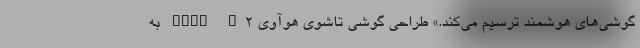
گوشی‌های هوشمند ترسیم می‌کند.» طراحی گوشی تاشوی هوآوی Mate X2 به